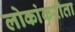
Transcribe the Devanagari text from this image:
लोकांकरीता